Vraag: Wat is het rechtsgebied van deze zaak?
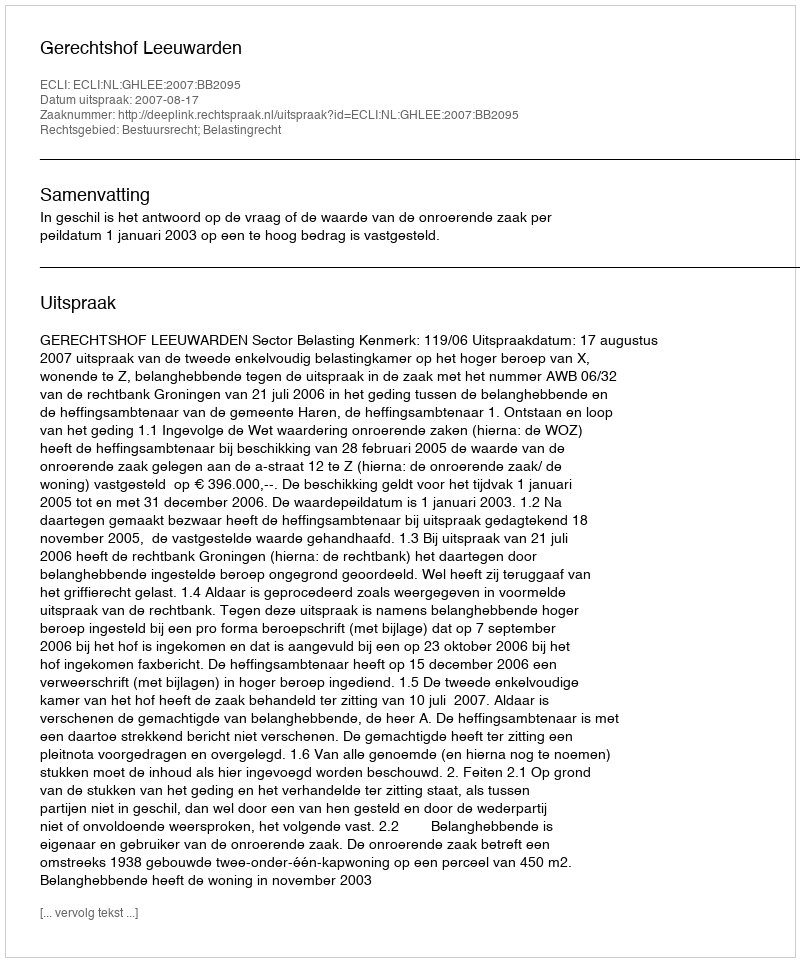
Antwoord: Bestuursrecht; Belastingrecht